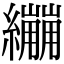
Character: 𦇜